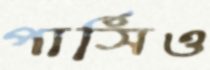
পার্সিও